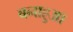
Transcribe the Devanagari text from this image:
बनाहुआ